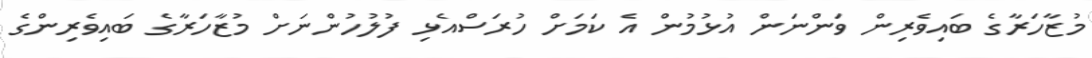
މުޒާހަރާގެ ބައިވެރިން ވަންނަން އުޅުމުން އެ ކަމަށް ހުރަސްއެޅި ފުލުހުންނަށް މުޒާހަރާގެ ބައިވެރިންގެ